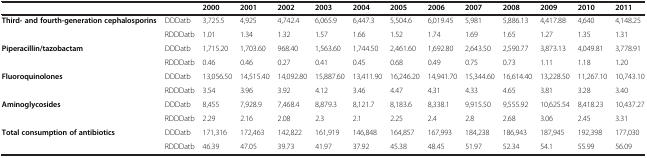
<table><thead><tr><td><b> </b></td><td><b> </b></td><td><b>2000</b></td><td><b>2001</b></td><td><b>2002</b></td><td><b>2003</b></td><td><b>2004</b></td><td><b>2005</b></td><td><b>2006</b></td><td><b>2007</b></td><td><b>2008</b></td><td><b>2009</b></td><td><b>2010</b></td><td><b>2011</b></td></tr></thead><tbody><tr><td rowspan="2"><b>Third- and fourth-generation cephalosporins</b></td><td>DDDatb</td><td>3,725.5</td><td>4,925</td><td>4,742.4</td><td>6,065.9</td><td>6,447.3</td><td>5,504.6</td><td>6,019.45</td><td>5,981</td><td>5,886.13</td><td>4,417.88</td><td>4,640</td><td>4,148.25</td></tr><tr><td>RDDDatb</td><td>1.01</td><td>1.34</td><td>1.32</td><td>1.57</td><td>1.66</td><td>1.52</td><td>1.74</td><td>1.69</td><td>1.65</td><td>1.27</td><td>1.35</td><td>1.31</td></tr><tr><td rowspan="2"><b>Piperacillin/tazobactam</b></td><td>DDDatb</td><td>1,715.20</td><td>1,703.60</td><td>968.40</td><td>1,563.60</td><td>1,744.50</td><td>2,461.60</td><td>1,692.80</td><td>2,643.50</td><td>2,590.77</td><td>3,873.13</td><td>4,049.81</td><td>3,778.91</td></tr><tr><td>RDDDatb</td><td>0.46</td><td>0.46</td><td>0.27</td><td>0.41</td><td>0.45</td><td>0.68</td><td>0.49</td><td>0.75</td><td>0.73</td><td>1.11</td><td>1.18</td><td>1.20</td></tr><tr><td rowspan="2"><b>Fluoroquinolones</b></td><td>DDDatb</td><td>13,056.50</td><td>14,515.40</td><td>14,092.80</td><td>15,887.60</td><td>13,411.90</td><td>16,246.20</td><td>14,941.70</td><td>15,344.60</td><td>16,614.40</td><td>13,228.50</td><td>11,267.10</td><td>10,743.10</td></tr><tr><td>RDDDatb</td><td>3.54</td><td>3.96</td><td>3.92</td><td>4.12</td><td>3.46</td><td>4.47</td><td>4.31</td><td>4.33</td><td>4.65</td><td>3.81</td><td>3.28</td><td>3.40</td></tr><tr><td rowspan="2"><b>Aminoglycosides</b></td><td>DDDatb</td><td>8,455</td><td>7,928.9</td><td>7,468.4</td><td>8,879.3</td><td>8,121.7</td><td>8,183.6</td><td>8,338.1</td><td>9,915.50</td><td>9,555.92</td><td>10,625.54</td><td>8,418.23</td><td>10,437.27</td></tr><tr><td>RDDDatb</td><td>2.29</td><td>2.16</td><td>2.08</td><td>2.3</td><td>2.1</td><td>2.25</td><td>2.4</td><td>2.8</td><td>2.68</td><td>3.06</td><td>2.45</td><td>3.31</td></tr><tr><td><b>Total consumption of antibiotics</b></td><td>DDDatb</td><td>171,316</td><td>172,463</td><td>142,822</td><td>161,919</td><td>146,848</td><td>164,857</td><td>167,993</td><td>184,238</td><td>186,943</td><td>187,945</td><td>192,398</td><td>177,030</td></tr><tr><td> </td><td>RDDDatb</td><td>46.39</td><td>47.05</td><td>39.73</td><td>41.97</td><td>37.92</td><td>45.38</td><td>48.45</td><td>51.97</td><td>52.34</td><td>54.1</td><td>55.99</td><td>56.09</td></tr></tbody></table>